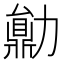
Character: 𠢼